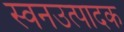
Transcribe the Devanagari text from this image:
स्वनउत्पादक